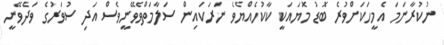
ނުކުރާނަމަ އެމީހަކަށްވުރެ ބޮޑު މޮޔައަކީ ކާކުހެއްޔެވެ ނަރަކައިން ސަލާމަތްވެވޭނީވެސް އަދި ސުވަރުގެ ވަދެވޭނީ